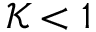
\mathcal { K } < 1